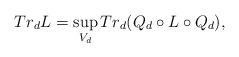
LaTeX: \begin{align*}Tr_dL=\sup_{V_d}Tr_d(Q_d\circ L\circ Q_d),\end{align*}